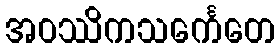
အဝဿိကသင်္ကေတေ